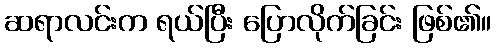
ဆရာလင်းက ရယ်ပြီး ပြောလိုက်ခြင်း ဖြစ်၏။